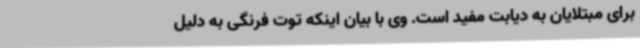
برای مبتلایان به دیابت مفید است. وی با بیان اینکه توت فرنگی به دلیل